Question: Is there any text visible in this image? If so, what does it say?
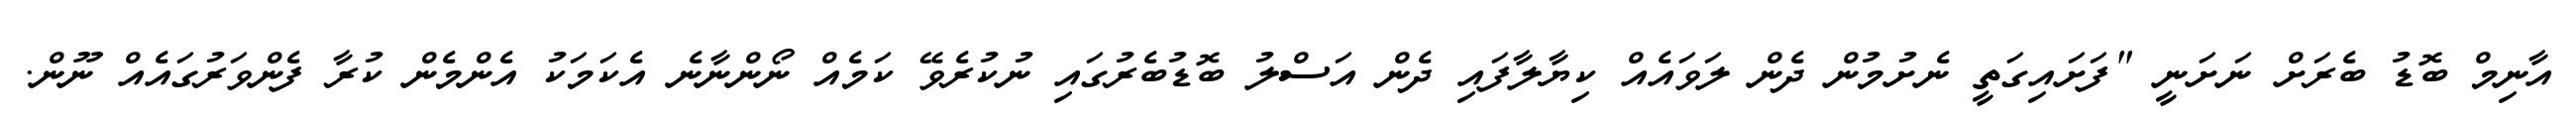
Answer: އާނިމް ބޮޑު ބެރަށް ނަށަނީ "ފަށައިގަތީ ނެށުމުން ދެން ލަވައެއް ކިޔާލާފައި ދެން އަސްލު ބޮޑުބެރުގައި ނުކުރެވޭ ކަމެއް ނޯންނާނެ އެކަމަކު އެންމެން ކުރާ ފެންވަރުގައެއް ނޫން.